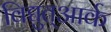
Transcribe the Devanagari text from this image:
विद्युत्आर्क